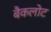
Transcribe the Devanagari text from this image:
बैकलोट